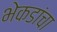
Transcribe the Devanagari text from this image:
भेकडांचा